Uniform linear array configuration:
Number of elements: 12
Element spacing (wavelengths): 0.25
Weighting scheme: blackman
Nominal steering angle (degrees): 45
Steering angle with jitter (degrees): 46.117
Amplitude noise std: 0.05
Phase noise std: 0.05

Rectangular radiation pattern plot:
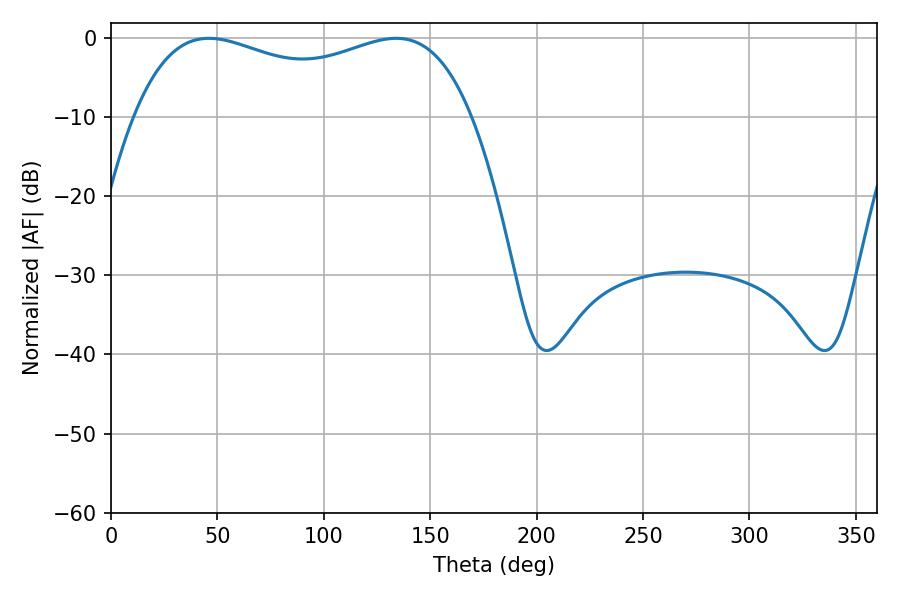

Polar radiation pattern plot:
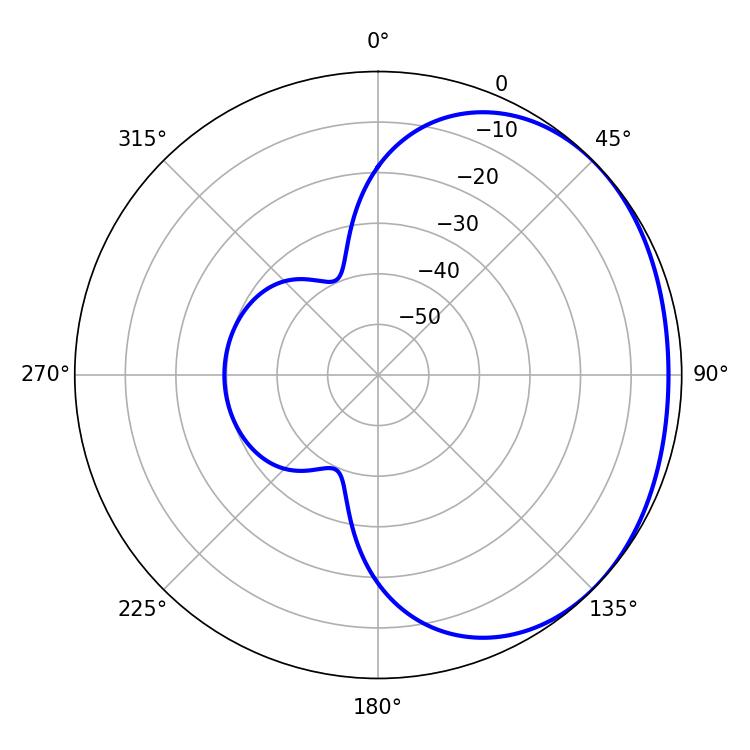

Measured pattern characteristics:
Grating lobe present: FALSE
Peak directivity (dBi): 1.479
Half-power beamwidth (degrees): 130.32
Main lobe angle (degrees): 46.08